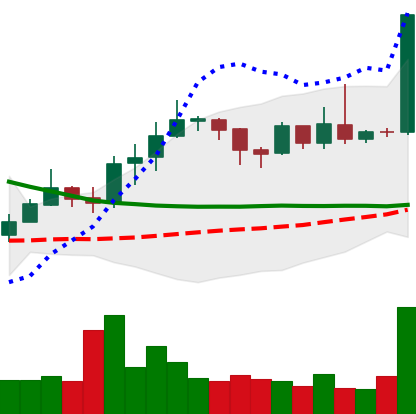
Ticker: ETC-USD
Chart end date: 2019-04-02
Forward return: 40.593%
Label: up_7plus